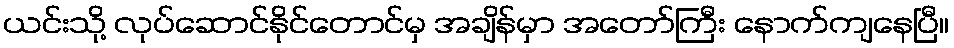
ယင်းသို့ လုပ်ဆောင်နိုင်တောင်မှ အချိန်မှာ အတော်ကြီး နောက်ကျနေပြီ။